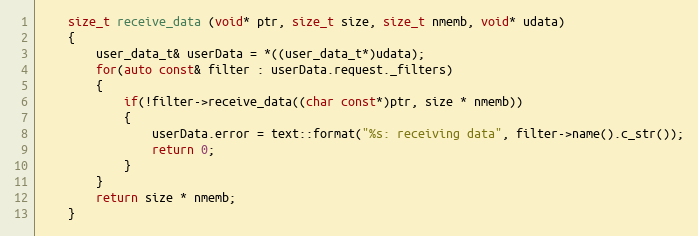
Language: C++
	size_t receive_data (void* ptr, size_t size, size_t nmemb, void* udata)
	{
		user_data_t& userData = *((user_data_t*)udata);
		for(auto const& filter : userData.request._filters)
		{
			if(!filter->receive_data((char const*)ptr, size * nmemb))
			{
				userData.error = text::format("%s: receiving data", filter->name().c_str());
				return 0;
			}
		}
		return size * nmemb;
	}